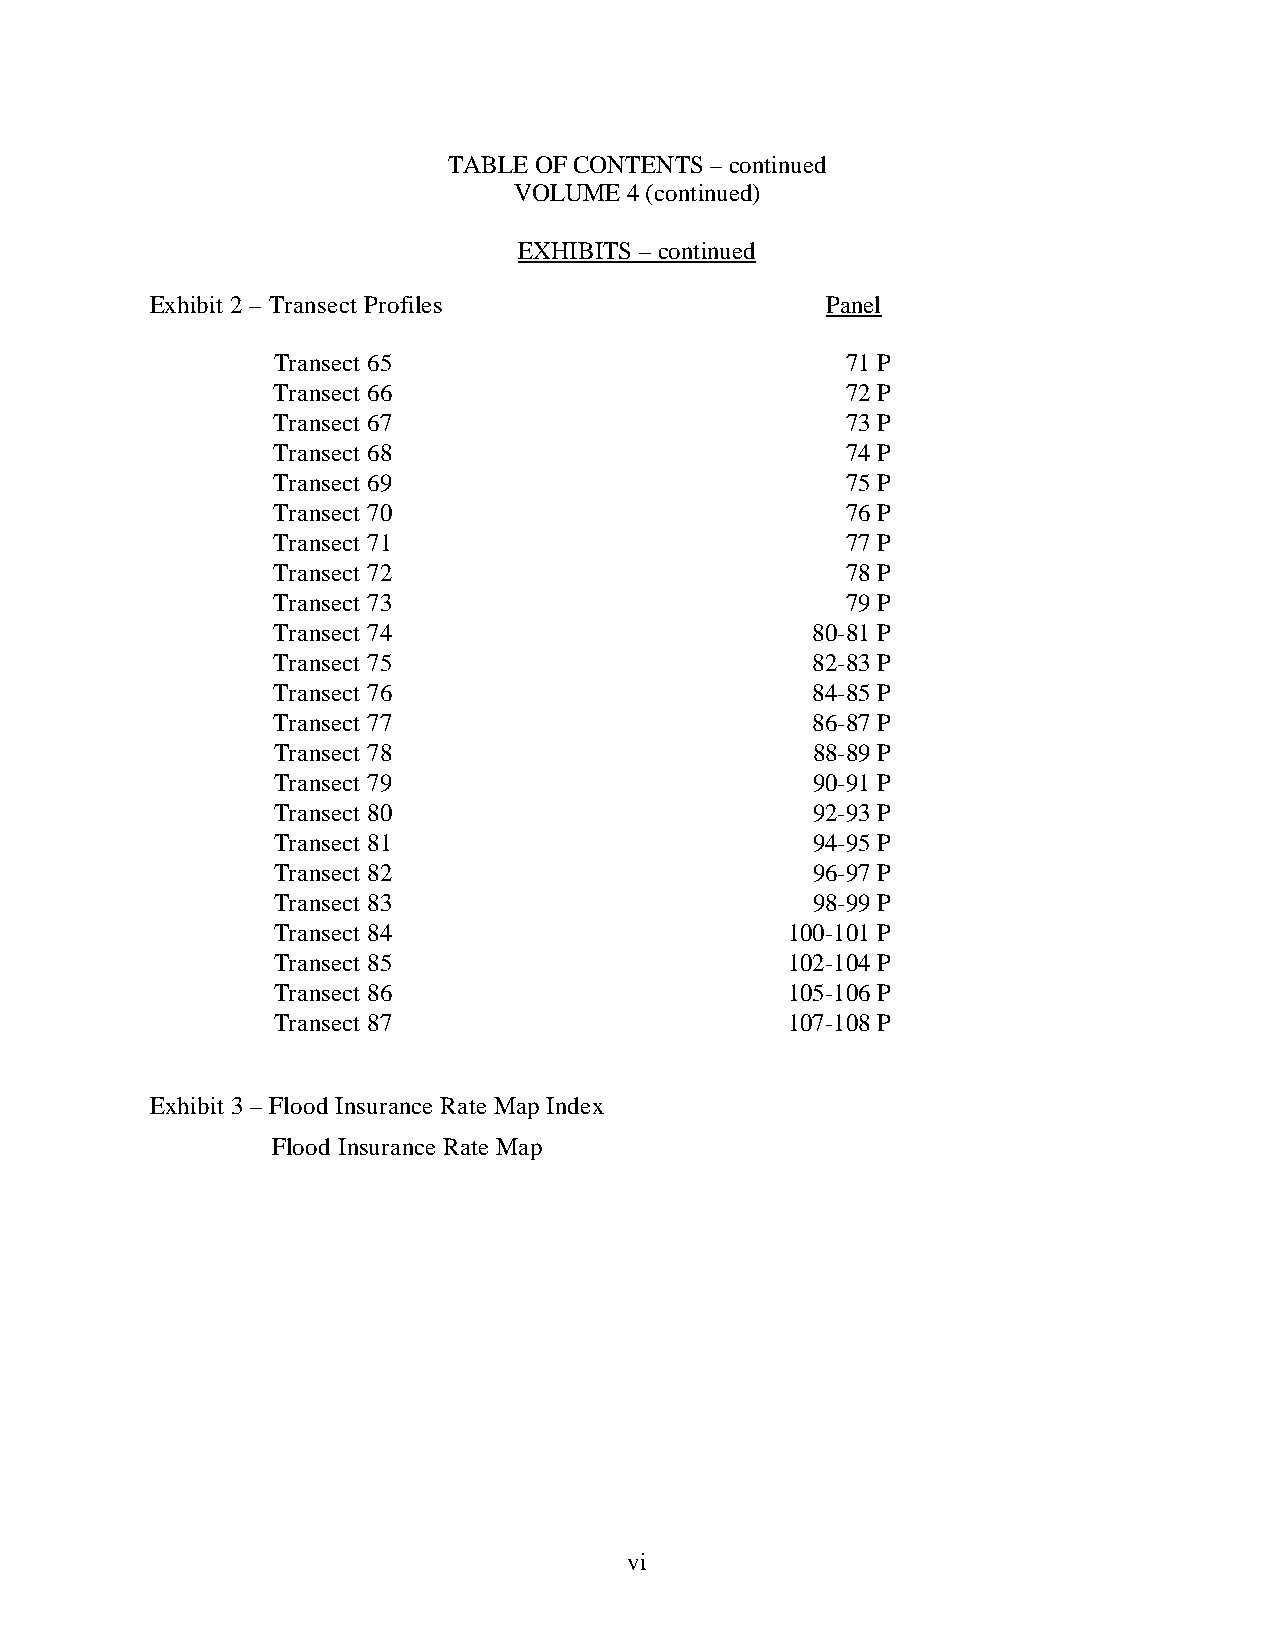
TABLE OF CONTENTS – continued
 VOLUME 4 (continued)
 EXHIBITS – continued
 Exhibit 2 – Transect Profiles                Panel
 Transect 65                           71 P
 Transect 66                           72 P
 Transect 67                           73 P
 Transect 68                           74 P
 Transect 69                           75 P
 Transect 70                           76 P
 Transect 71                           77 P
 Transect 72                           78 P
 Transect 73                           79 P
 Transect 74                         80-81 P
 Transect 75                         82-83 P
 Transect 76                         84-85 P
 Transect 77                         86-87 P
 Transect 78                         88-89 P
 Transect 79                         90-91 P
 Transect 80                         92-93 P
 Transect 81                         94-95 P
 Transect 82                         96-97 P
 Transect 83                         98-99 P
 Transect 84                       100-101 P
 Transect 85                       102-104 P
 Transect 86                       105-106 P
 Transect 87                       107-108 P
 Exhibit 3 – Flood Insurance Rate Map Index
 Flood Insurance Rate Map
 vi